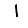
Digit: 1